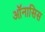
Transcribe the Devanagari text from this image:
ऑनासिस